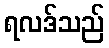
ရလဒ်သည်